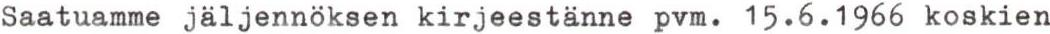
Saatuamme jäljennöksen kirjeestänne pvm. 15.6.1966 koskien